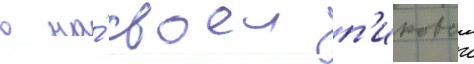
в на́ своеи п'иковои